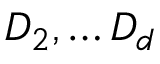
D _ { 2 } , \ldots D _ { d }